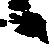
候